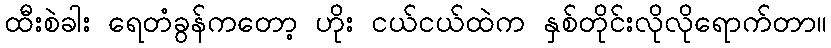
ထီးစဲခါး ရေတံခွန်ကတော့ ဟိုး ငယ်ငယ်ထဲက နှစ်တိုင်းလိုလိုရောက်တာ။